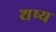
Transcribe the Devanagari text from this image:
शष्य